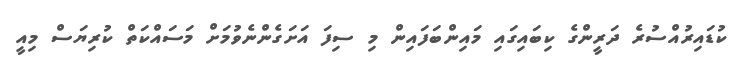
ކުޑައިރުއްސުރެ ދަރީންގެ ކިބައިގައި މައިންބަފައިން މި ސިފަ އަށަގެންނެވުމަށް މަސައްކަތް ކުރިޔަސް މިއީ